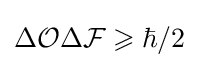
\Delta {\mathcal {O}}\Delta {\mathcal {F}}\geqslant \hbar /2